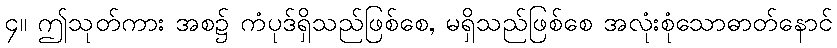
၄။ ဤသုတ်ကား အစ၌ ကံပုဒ်ရှိသည်ဖြစ်စေ, မရှိသည်ဖြစ်စေ အလုံးစုံသောဓာတ်နောင်